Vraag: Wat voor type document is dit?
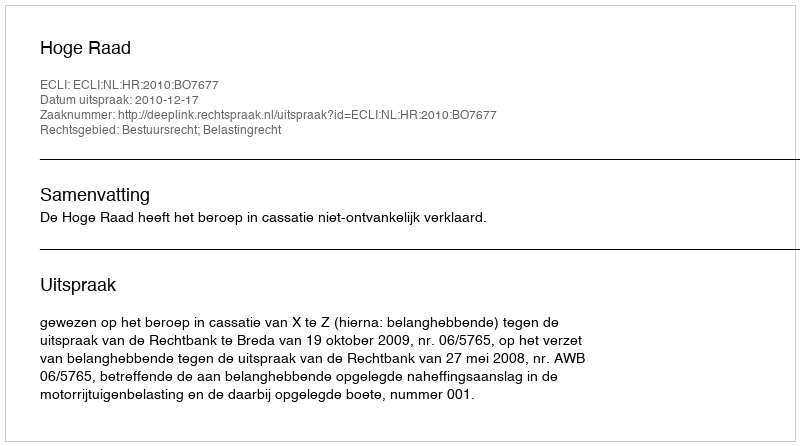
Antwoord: Uitspraak